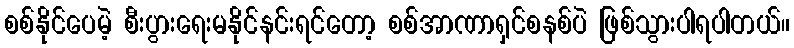
စစ်နိုင်ပေမဲ့ စီးပွားရေးမနိုင်နင်းရင်တော့ စစ်အာဏာရှင်စနစ်ပဲ ဖြစ်သွားပါရပါတယ်။